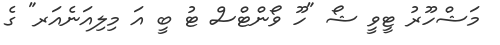
މަޝްހޫރު ޓީވީ ޝޯ "ހޫ ވޯންޓްސް ޓު ބީ އަ މިލިއަނެއަރ" ގެ